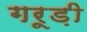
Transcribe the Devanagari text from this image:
गरूड़ी